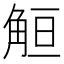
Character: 䚙